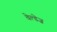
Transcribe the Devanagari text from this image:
वेल्डेज़